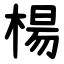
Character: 楊